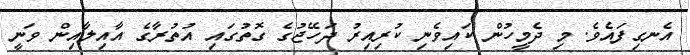
އެނގިފައެވެ. މި ދެމީހުން ކައިވެނި ކުރިއިރު ދަހޭޖުގެ ގޮތުގައި އުތުރާގެ އާއިލާއިން ވަނީ